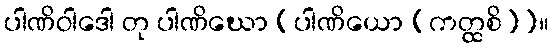
ပါဏိဝါဒေါ တု ပါဏိဃော [ပါဏိယော (ကတ္ထစိ)]။